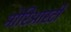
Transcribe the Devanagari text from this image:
मोरिआरटी